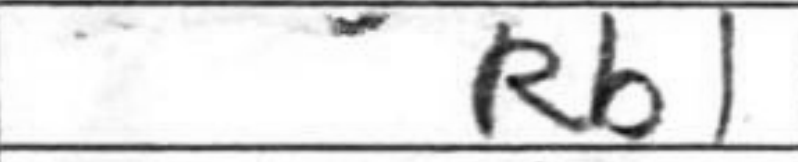
Transcription: Rb1